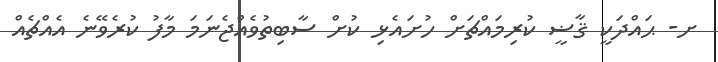
ށ- ޙައްދަކީ ޤާޟީ ކުރިމައްޗަށް ހުށައެޅި ކުށް ސާބިތުވެއްޖެނަމަ މާފު ކުރެވޭނެ އެއްޗެއް